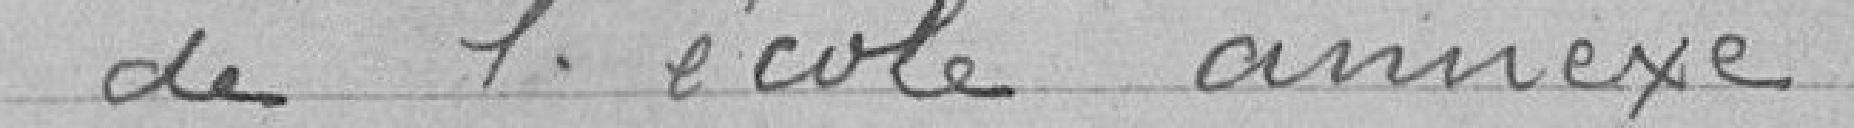
de l'école annexe